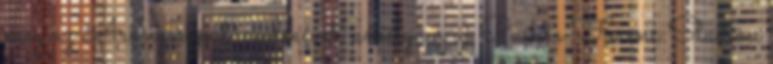
meg az Aranycsapat-emlékévet, amely az új Puskás Ferenc Stadion